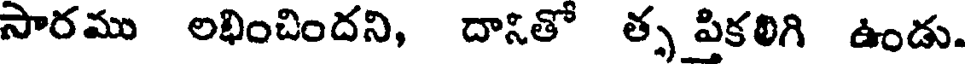
సారము లభించిందని, దానితో త్స పికఠిగి ఉండు.